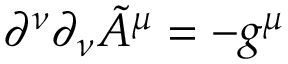
\partial ^ { \nu } \partial _ { \nu } \tilde { A } ^ { \mu } = - g ^ { \mu }